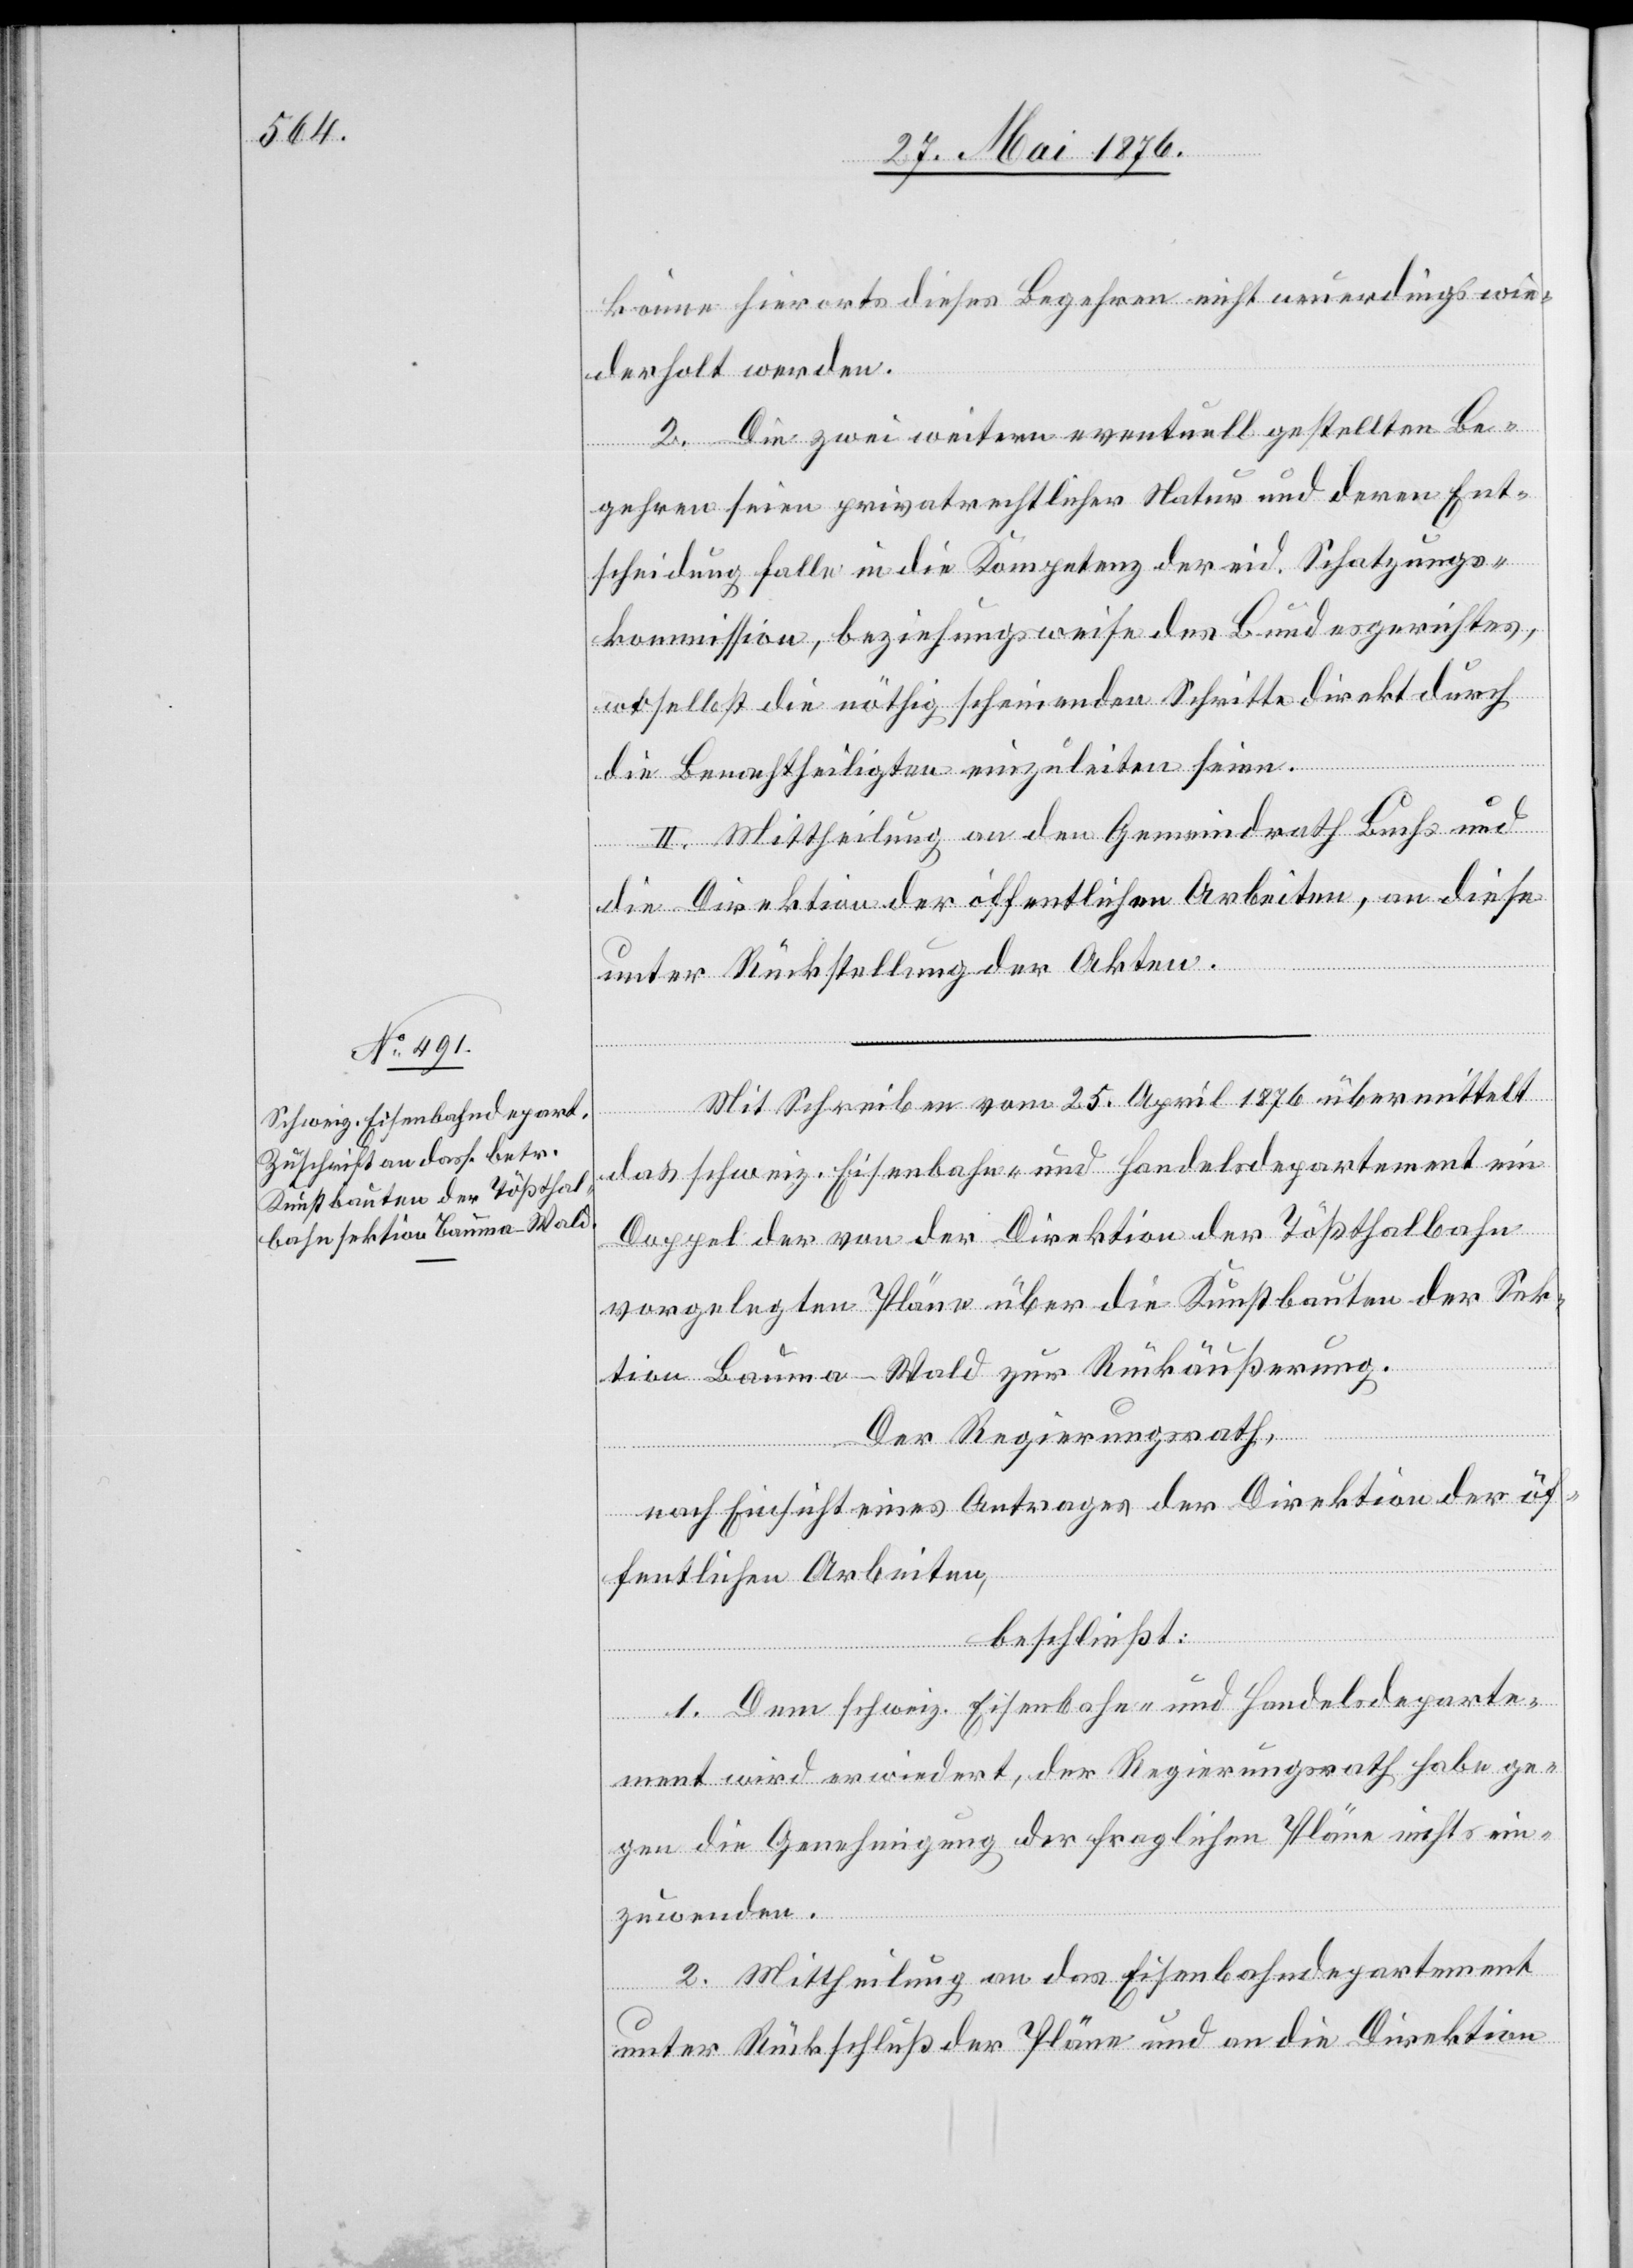
könne hierorts dieses Begehren nicht neuerdings wie¬
derholt werden.
2. Die zwei weitern eventuell gestellten Be¬
gehren seien privatrechtlicher Natur und deren Ent¬
scheidung falle in die Kompetenz der eid. Schatzungs¬
kommission, beziehungsweise des Bundesgerichtes,
woselbst die nöthig scheinenden Schritte direkt durch
die Benachtheiligten einzuleiten seien.
II. Mittheilung an den Gemeindrath Buchs und
die Direktion der öffentlichen Arbeiten, an diese
unter Rückstellung der Akten.
Mit Schreiben vom 25. April 1876 übermittelt
das schweiz. Eisenbahn- und Handelsdepartement ein
Doppel der von der Direktion der Tößthalbahn
vorgelegten Pläne über die Kunstbauten der Sek¬
tion Bauma–Wald zur Rückäußerung.
Der Regierungsrath,
nach Einsicht eines Antrages der Direktion der öf¬
fentlichen Arbeiten,
beschließt:
1. Dem schweiz. Eisenbahn- und Handelsdeparte¬
ment wird erwiedert, der Regierungsrath habe ge¬
gen die Genehmigung der fraglichen Pläne nichts ein¬
zuwenden.
2. Mittheilung an das Eisenbahndepartement
unter Rückschluß der Pläne und an die Direktion